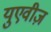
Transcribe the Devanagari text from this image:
युएवीज़